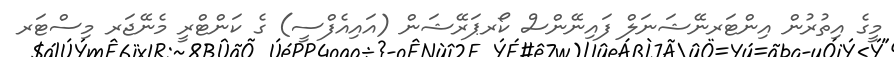
މީގެ އިތުރުން އިންޓަރނޭޝަނަލް ފައިނޭންސް ކޯރޕަރޭޝަން (އައިއެފްސީ) ގެ ކަންޓްރީ މެނޭޖަރ މިސްޓަރ